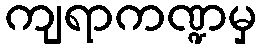
ကျရာကဏ္ဍမှ